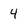
Character: 4